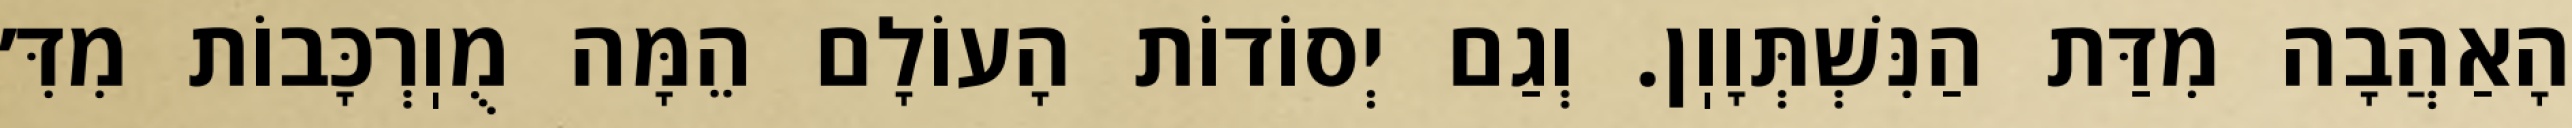
הָאַהֲבָה מִדַּת הַנִּשְׁתְּוָוֽן. וְגַם יְסוֹדוֹת הָעוֹלָם הֵמָּה מֻוֽרְכָּבוֹת מִדִּ׳